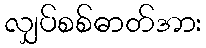
လျှပ်စစ်ဓာတ်အား